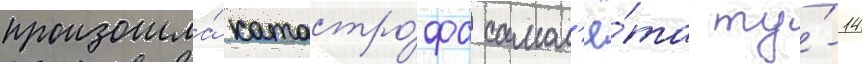
произошла́ катастро́фа самол'ё́та ту́-14